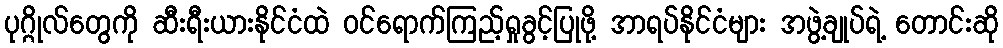
ပုဂ္ဂိုလ်တွေကို ဆီးရီးယားနိုင်ငံထဲ ဝင်ရောက်ကြည့်ရှုခွင့်ပြုဖို့ အာရပ်နိုင်ငံများ အဖွဲ့ချုပ်ရဲ့ တောင်းဆို